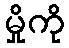
မှိုကို